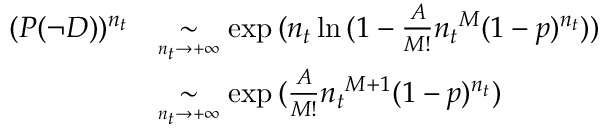
\begin{array} { r l } { ( P ( \neg D ) ) ^ { n _ { t } } } & { \underset { \scriptscriptstyle { n _ { t } \to + \infty } } { \sim } \exp { ( n _ { t } \ln { ( 1 - \frac { A } { M ! } { n _ { t } } ^ { M } ( 1 - p ) ^ { n _ { t } } } ) ) } } \\ & { \underset { \scriptscriptstyle { n _ { t } \to + \infty } } { \sim } \exp { ( \frac { A } { M ! } { n _ { t } } ^ { M + 1 } ( 1 - p ) ^ { n _ { t } } ) } } \end{array}